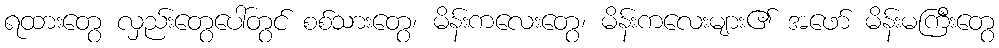
ရထားတွေ လှည်းတွေပေါ်တွင် စစ်သားတွေ၊ မိန်းကလေးတွေ၊ မိန်းကလေးများ၏ အဖော် မိန်းမကြီးတွေ